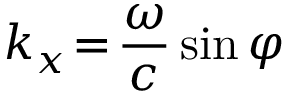
k _ { x } \! = \! \frac { \omega } { c } \sin { \varphi }